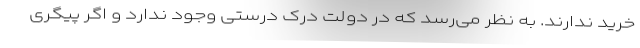
خرید ندارند. به نظر می‌رسد که در دولت درک درستی وجود ندارد و اگر پیگری